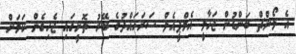
އެ ލޯންޗް ބަންޑުން ޖަހާލީ އެމްޕީއެލް ސަރަހައްދުގެ ބޭރު ތޮށީގައި ޖެހިގެން ކަމަށް